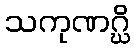
သကုဏဂ္ဃိ